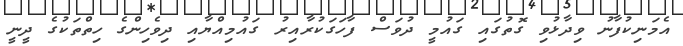
އެމަނިކުފާނު ވިދާޅުވި ގޮތުގައި ގައުމީ ދުވަސް ފާހަގަކުރާއިރު ގައުމިއްޔާއި ދިވެހިންގެ ހިތްތަކުގެ ދީނީ